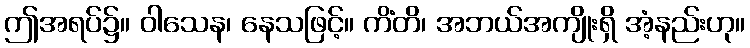
ဤအရပ်၌။ ဝါသေန၊ နေသဖြင့်။ ကိံတိ၊ အဘယ်အကျိုးရှိ အံ့နည်းဟု။